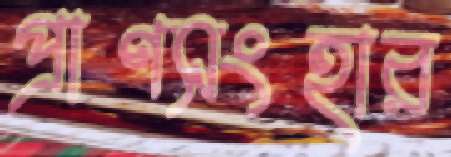
প্রাণসংহার